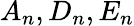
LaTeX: A_{n},D_{n},E_{n}